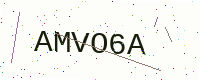
Text: AMVO6A